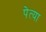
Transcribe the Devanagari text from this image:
पेत्या